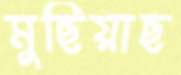
মুছিয়াছ